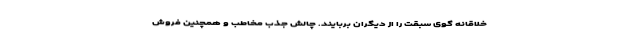
خلاقانه گوی سبقت را از دیگران بربایند. چالش جذب مخاطب و همچنین فروش